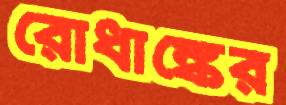
রোধাঙ্কের